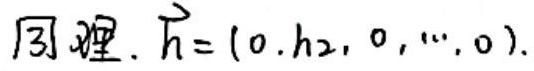
同理. $\vec{h}=(0, h_2, 0, \cdots, 0)$.